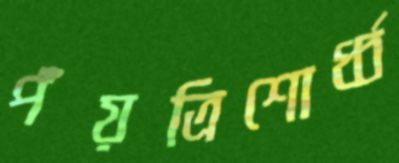
পঁয়ত্রিশোর্ধ্ব